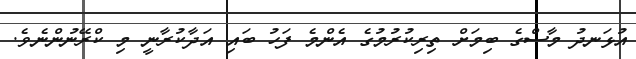
އުޅަނދު މާސްގެ ބިމަށް ތިރިކުރުމުގެ އެންމެ ފަހު ބައި އަދާކުރާނީ މި ކްރޭނުންނެވެ.